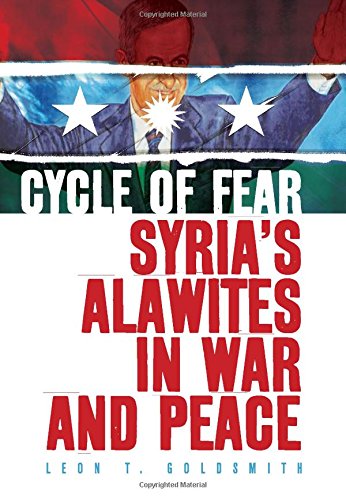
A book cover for Cycle of Fear: Syria's Alawites in War and Peace; Leon Goldsmith; History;